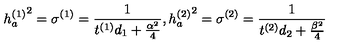
{ h _ { a } ^ { ( 1 ) } } ^ { 2 } = \sigma ^ { ( 1 ) } = { \frac { 1 } { t ^ { ( 1 ) } d _ { 1 } + { \frac { \alpha ^ { 2 } } { 4 } } } } , { h _ { a } ^ { ( 2 ) } } ^ { 2 } = \sigma ^ { ( 2 ) } = { \frac { 1 } { t ^ { ( 2 ) } d _ { 2 } + { \frac { \beta ^ { 2 } } { 4 } } } }